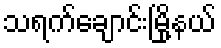
သရက်ချောင်းမြို့နယ်